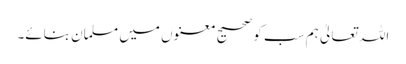
اللہ تعالیٰ ہم سب کو صحیح معنوں میں مسلمان بنائے۔